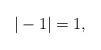
LaTeX: \begin{align*} |-1| = 1,\end{align*}